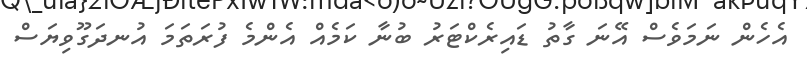
އެހެން ނަމަވެސް އޭނަ ގާތު ޑައިރެކްޓަރު ބުނާ ކަމެއް އެންމެ ފުރަތަމަ އުނދަގޫވިޔަސް